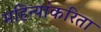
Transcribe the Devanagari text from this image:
महिन्यांकरिता